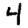
Digit: 4